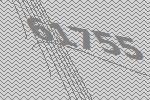
61755